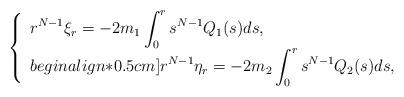
LaTeX: \begin{align*}\left\{\begin{array}{ll}\displaystyle r^{N-1}\xi_r=-2m_1\int_0^rs^{N-1}Q_1(s)ds,\\begin{align*}0.5cm]\displaystyle r^{N-1}\eta_r=-2m_2\int_0^rs^{N-1}Q_2(s)ds,\end{array}\right.\end{align*}